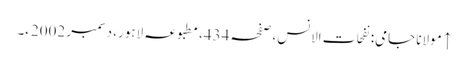
↑ مولانا جامی: نفحات الانس، صفحہ 434، مطبوعہ لاہور، دسمبر 2002ء۔